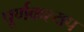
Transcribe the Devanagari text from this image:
पूर्णकश्यप